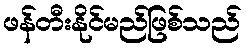
ဖန်တီးနိုင်မည်ဖြစ်သည်